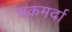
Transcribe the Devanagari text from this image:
चक्रमर्दा